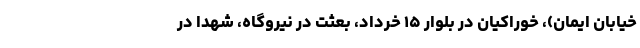
خیابان ایمان)، خوراکیان در بلوار ۱۵ خرداد، بعثت در نیروگاه، شهدا در